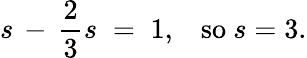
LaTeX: s\, -\, {\frac{2}{3}}s\; =\; 1,\; \; \; {\mathrm{so~}}s=3.